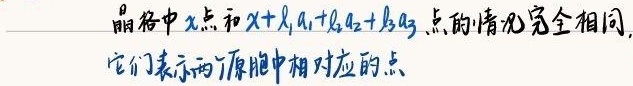
晶格中\(x\)点和\(x + l_1\boldsymbol{a}_1 + l_2\boldsymbol{a}_2 + l_3\boldsymbol{a}_3\)点的情况完全相同，它们表示两个原胞中相对应的点。